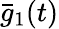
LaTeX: \bar{g}_{1}(t)